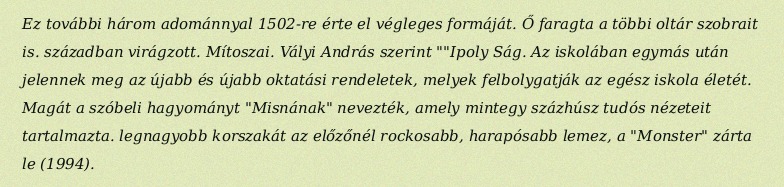
Ez további három adománnyal 1502-re érte el végleges formáját. Ő faragta a többi oltár szobrait is. században virágzott. Mítoszai. Vályi András szerint ""Ipoly Ság. Az iskolában egymás után jelennek meg az újabb és újabb oktatási rendeletek, melyek felbolygatják az egész iskola életét. Magát a szóbeli hagyományt "Misnának" nevezték, amely mintegy százhúsz tudós nézeteit tartalmazta. legnagyobb korszakát az előzőnél rockosabb, harapósabb lemez, a "Monster" zárta le (1994).